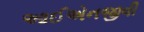
આઈએનજીવી